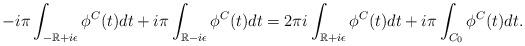
LaTeX: \begin{align*}- i \pi \int_{-\mathbb{R}+i\epsilon} \phi^C ( t) dt + i\pi \int_{\mathbb{R}-i\epsilon} \phi^C ( t) dt = 2 \pi i \int_{\mathbb{R} + i \epsilon } \phi^C(t) dt + i \pi \int_{C_0} \phi^C (t) dt . \end{align*}